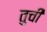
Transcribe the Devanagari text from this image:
तुची